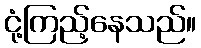
ငုံ့ကြည့်နေသည်။